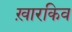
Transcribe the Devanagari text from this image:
ख़ारकिव